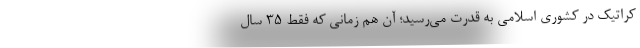
کراتیک در کشوری اسلامی به قدرت می‌رسید؛ آن‌ هم زمانی که فقط ۳۵ سال